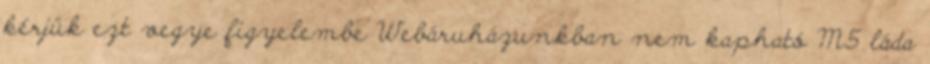
kérjük ezt vegye figyelembe Webáruházunkban nem kapható M5 láda